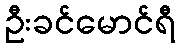
ဦးခင်မောင်ရီ